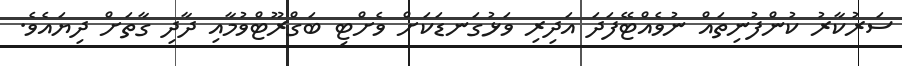
ސަރުކާރު ކުންފުނިތައް ނުވެއްޓޭފަދަ އަދިރި ވަޅުގަނޑަކަށް ވެށްޓި ބަގްރޫޓްވުމާއި ދާދި ގާތަށް ދިޔައެވެ.